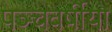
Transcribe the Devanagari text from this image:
पञ्चवर्षीया